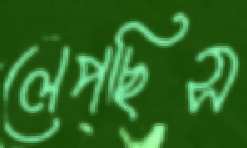
লেপছিস